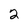
Character: 2